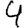
Digit: 4